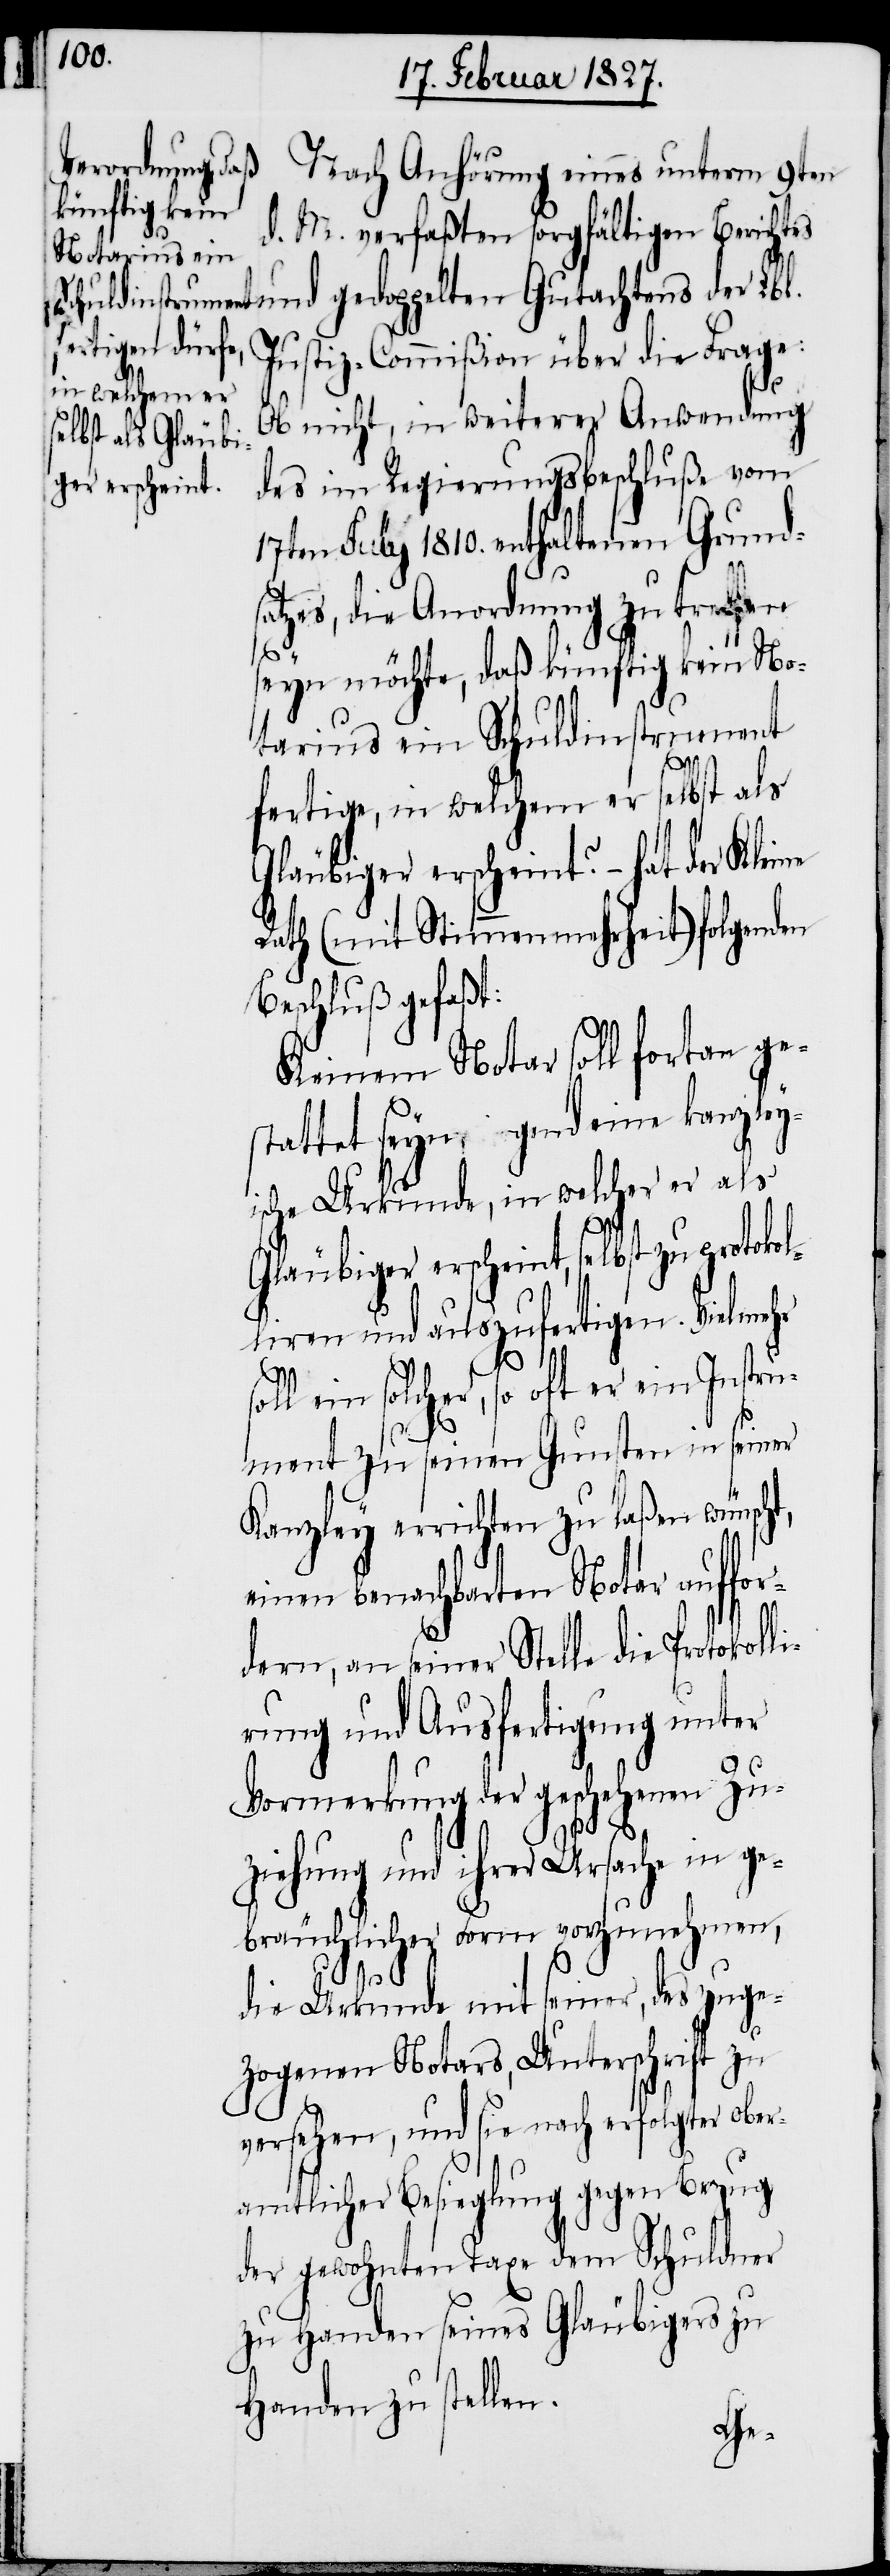
Nach Anhörung eines unterm 9ten
d. M. verfaßten sorgfältigen Berichtes
und gedoppelten Gutachtens der Lbl.
Justiz-Commißion über die Frage:
Ob nicht, in weiterer Anwendung
des im Regierungsbeschluße vom
17ten July 1810. enthaltenen Grunds¬
atzes, die Anordnung zu treffen
okol¬
seyn möchte, daß künftig kein No¬
tarius ein Schuldinstrument
fertige, in welchem er selbst als
Gläubiger erscheint? – hat der Kleine
Rath (mit Stimmenmehrheit) folgenden
Beschluß gefaßt:
Keinem Notar soll fortan ge¬
stattet seyn, irgend eine kanzley¬
ische Urkunde, in welcher er als
Gläubiger erscheint, selbst zu prot¬
liren und auszufertigen. Vielmehr
t,
soll ein solcher, so oft er ein Instru¬
ment zu seinen Gunsten in seiner
Kanzley errichten zu laßen wünsch¬
einen benachbarten Notar auffo¬
rdern, an seiner Stelle die Protokoll¬
irung und Ausfertigung unter
Vormerkung der geschehen Zu¬
ziehung und ihrer Ursache in ge¬
bräuchlicher Form vorzunehmen,
die Urkunde mit seiner, des zuge¬
zogenen Notars, Unterschrift zu
versehen, und sie nach erfolgter ober¬
amtlicher Besieglung gegen Bezug
der gewohnten Taxe dem Schuldner
zu Handen seines Gläubigers zu
Handen zu stellen.